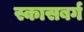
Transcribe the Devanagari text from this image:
स्कासबर्ग